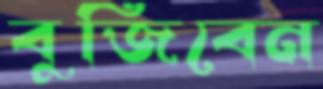
বুজিবেন